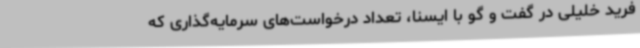
فرید خلیلی در گفت و گو با ایسنا، تعداد درخواست‌های سرمایه‌گذاری که